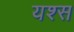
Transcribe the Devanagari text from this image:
यश्स